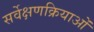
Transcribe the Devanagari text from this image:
सर्वेक्षणक्रियाओं